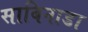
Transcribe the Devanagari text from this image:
साबिनाडा